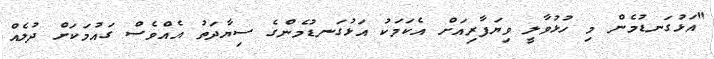
"އަޅުގަނޑުމެން މި ހުޅުވާލީ ވިޔަފާރިއަށް އެކަމަކު އަޅުގަނޑުމެންގެ ސިޔާދަތު އެއްވެސް ގައުމަކަށް ދުލެއް